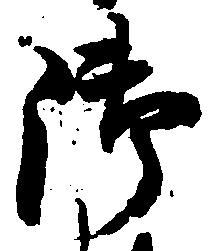
御